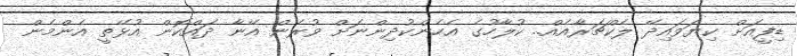
ޑިފީއަށް ކިޔަވައިދޭ ލެކްޗަރާއެއް.. ކުލާހުގެ އެހެންކުދިންނަށް ވުރެން އޭނާ ދައްކޮން އުޅޭތީ އެންމެން